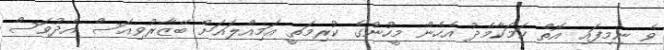
ވެ ނިމިފައި އޮތް ކަމަކާމެދު އެހެން މީހުންގެ ކުރިމަތީ އަމިއްލައަށް ބޭޒާރުވިއަސް އެދުވަސް